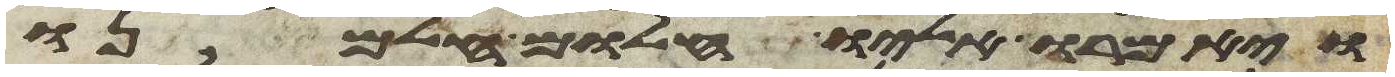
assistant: ויאמרו אליו חלום חלמנו